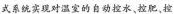
式系统实现对温突的自动控水，拉肥。控